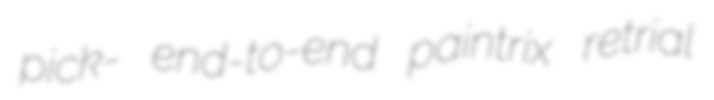
pick- end-to-end paintrix retrial